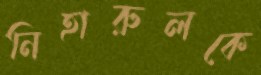
নিহারুলকে